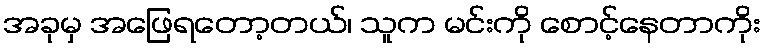
အခုမှ အဖြေရတော့တယ်၊ သူက မင်းကို စောင့်နေတာကိုး